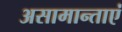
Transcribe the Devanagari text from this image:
असामान्ताएं